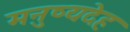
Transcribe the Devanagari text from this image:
मनुष्यदेह